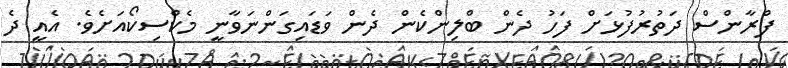
ފްރާންސް ދަތުރުފުޅަށް ފަހު ދެން ބްލިންކެން ދެން ވަޑައިގަންނަވާނީ މެކްސިކޯއަށެވެ. އެއީ ދެ